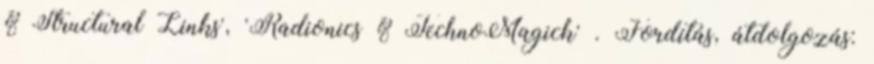
& Structural Links', 'Radionics & TechnoMagick' . Fordítás, átdolgozás: